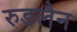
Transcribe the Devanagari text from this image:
रुडलैन